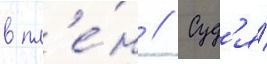
в пл'е́н // Суд'я́